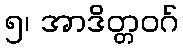
၅၊ အာဒိတ္တဝဂ်